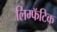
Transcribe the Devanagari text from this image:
लिम्फॅटिक